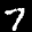
Label: 7